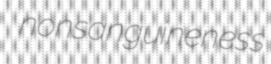
nonsanguineness